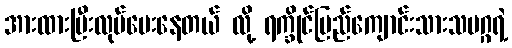
အားထားပြီးလုပ်ပေးနေတယ် လို့ ရက္ခိုင်ပြည်ကျောင်းသားသမဂ္ဂရဲ့